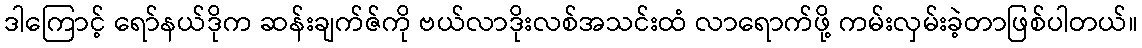
ဒါကြောင့် ရော်နယ်ဒိုက ဆန်းချက်ဇ်ကို ဗယ်လာဒိုးလစ်အသင်းထံ လာရောက်ဖို့ ကမ်းလှမ်းခဲ့တာဖြစ်ပါတယ်။